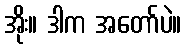
အိုး။ ဒါက အတော်ပဲ။